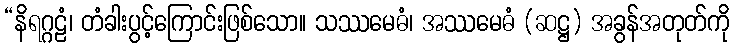
“နိရဂ္ဂဠံ၊ တံခါးပွင့်ကြောင်းဖြစ်သော။ သဿမေဓံ၊ အဿမေဓံ (ဆဋ္ဌ) အခွန်အတုတ်ကို